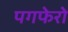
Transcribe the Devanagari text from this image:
पगफेरो